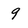
Character: 9